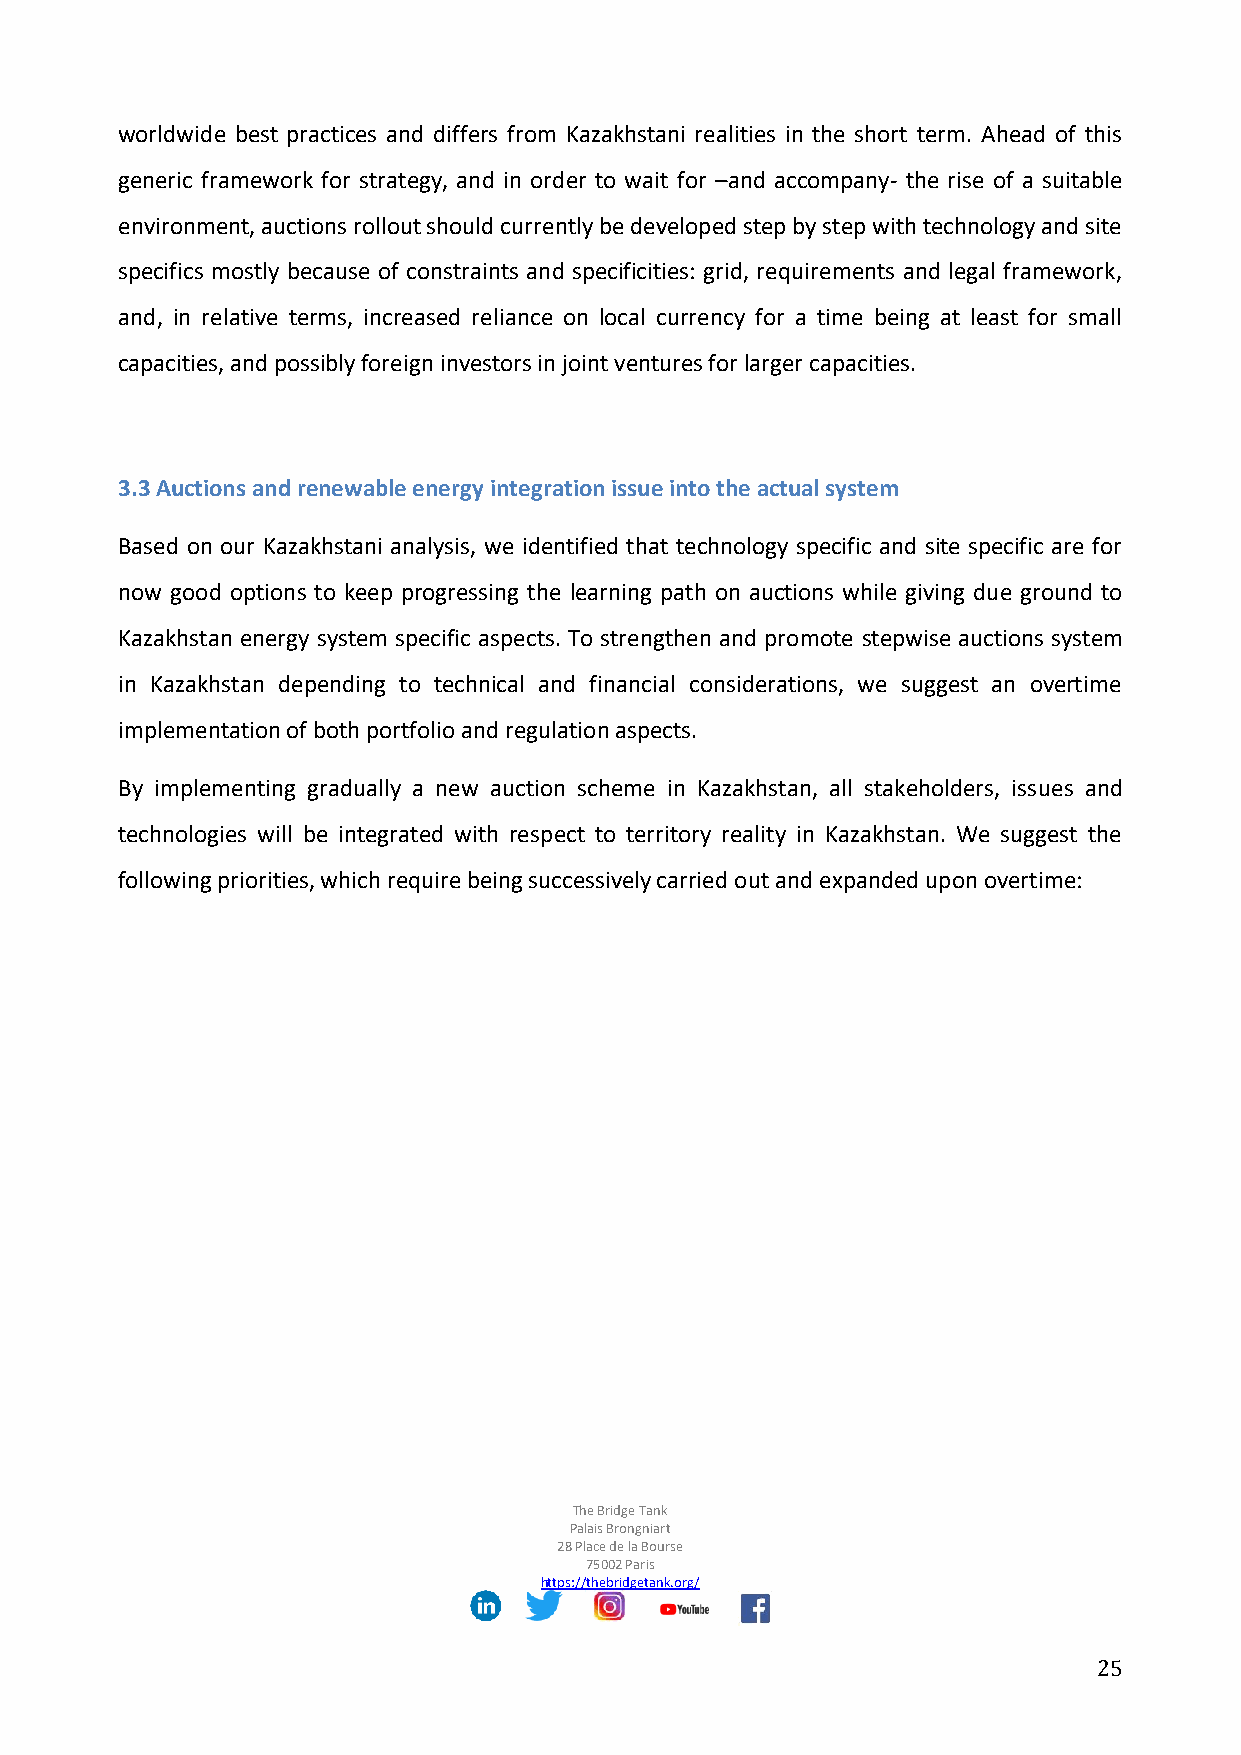
worldwide best practices and differs from Kazakhstani realities in the short term. Ahead of this
 generic framework for strategy, and in order to wait for –and accompany- the rise of a suitable
 environment, auctions rollout should currently be developed step by step with technology and site
 specifics mostly because of constraints and specificities: grid, requirements and legal framework,
 and, in relative terms, increased reliance on local currency for a time being at least for small
 capacities, and possibly foreign investors in joint ventures for larger capacities.
 3.3 Auctions and renewable energy integration issue into the actual system
 Based on our Kazakhstani analysis, we identified that technology specific and site specific are for
 now good options to keep progressing the learning path on auctions while giving due ground to
 Kazakhstan energy system specific aspects. To strengthen and promote stepwise auctions system
 in Kazakhstan depending to technical and financial considerations, we suggest an overtime
 implementation of both portfolio and regulation aspects.
 By implementing gradually a new auction scheme in Kazakhstan, all stakeholders, issues and
 technologies will be integrated with respect to territory reality in Kazakhstan. We suggest the
 following priorities, which require being successively carried out and expanded upon overtime:
 The Bridge Tank
 Palais Brongniart
 28 Place de la Bourse
 75002 Paris
 https://thebridgetank.org/
 25